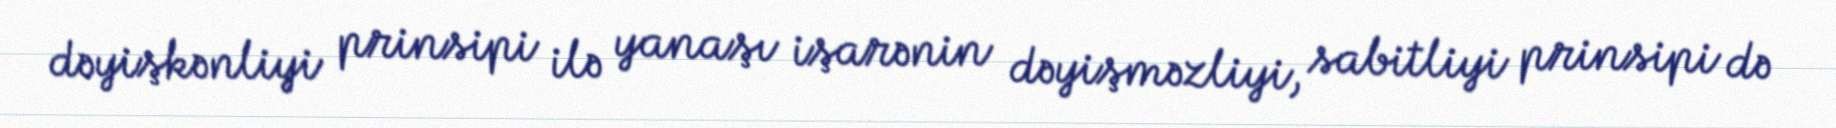
dəyişkənliyi prinsipi ilə yanaşı işarənin dəyişməzliyi, sabitliyi prinsipi də